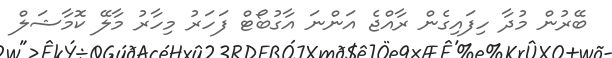
ބޭރުން މުދާ ހިފައިގެން ރާއްޖެ އަންނަ އާގުބޯޓް ފަހަރު މިހާރު މާލޭ ކޮމާޝަލް